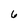
Character: 6